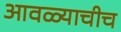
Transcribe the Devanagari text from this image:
आवळ्याचीच